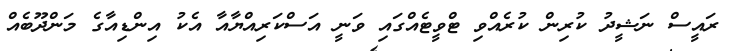
ރައީސް ނަޝީދު ކުރިން ކުރެއްވި ޓްވީޓެއްގައި ވަނީ އަސްކަރިއްޔާއާ އެކު އިންޑިއާގެ މަންދޫބެއް